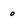
Character: 0